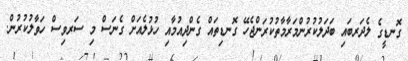
ގޮނޑީގެ ލެދަރބައި ބަދަލުކުރުންމަރާމާތުކުރަންޖެހޭ ގޮނޑިތައް ގެންދިއުމާއި ހުޅުލެއަށް ގެނަސް މި ސަރވިސް ހަވާލުކުރުން.